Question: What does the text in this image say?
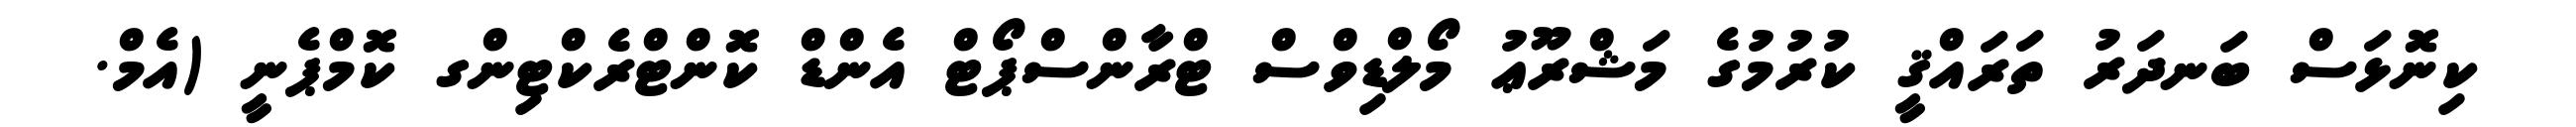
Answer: ކިނޮޅަސް ބަނދަރު ތަރައްޤީ ކުރުމުގެ މަޝްރޫޢު މޯލްޑިވްސް ޓްރާންސްޕޯޓް އެންޑް ކޮންޓްރެކްޓިންގ ކޮމްޕެނީ (އެމް.